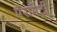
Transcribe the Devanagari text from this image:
पैरामेट्री